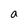
Character: a